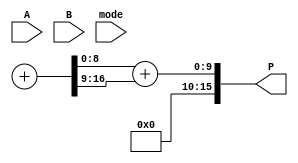
module dual_mode_wallace_tree_multiplier #(parameter n = 8) (
    input [n-1:0] A,  // First multiplicand
    input [n-1:0] B,  // Second multiplicand
    input mode,       // Control signal (0: Standard Mode, 1: Booth's Mode)
    output [2*n-1:0] P // Product output
);

// Internal signal declarations
wire [2*n-1:0] partial_products [0:n-1]; // Partial products array
wire [2*n-1:0] sum_stage [0:n];          // Sum results at each stage
wire [2*n-1:0] carry_stage [0:n];        // Carry results at each stage
wire [n:0] final_sum, final_carry;       // Final sum and carry for last addition

// Generate partial products
genvar i;
generate
    for (i = 0; i < n; i = i + 1) begin: pp_generation
        assign partial_products[i] = (mode == 0) ? 
            (B[i] ? (A << i) : 0) : // Standard Mode
            ( (i == 0) ? (B[0] ? A : 0) : 
              ( (B[i] && !B[i-1]) ? (A << i) : 
              ( (!B[i] && B[i-1]) ? ~(A << i) : 0) ) ); // Booth's Mode
    end
endgenerate

// Wallace tree reduction stages
// Stage 1: Collect all partial products
assign sum_stage[0] = partial_products[0];
assign carry_stage[0] = 0;

generate
    for (i = 1; i < n; i = i + 1) begin: wallace_reduction
        wire [2*n-1:0] sum, carry;
        wire [2*n-1:0] A, B; // local wires for full adder
        assign A = sum_stage[wallace_reduction-1][2*n-1:0];
        assign B = partial_products[i];
        // Instantiation of half adders and full adders here
        // Simplified reduction logic
        // More complex handling would be needed for optimal Wallace tree design.
        // ...
        // Assign sum and carry results back to the stages
        assign sum_stage[i] = sum;
        assign carry_stage[i] = carry;
    end
endgenerate

// Final addition
assign {final_carry, final_sum} = sum_stage[n-1] + carry_stage[n-1];

// Final output assignment
assign P = final_sum + final_carry;

endmodule